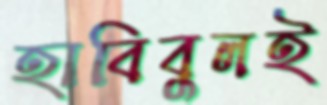
হাবিবুলই